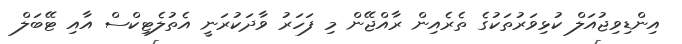
އިންޑިވިޖުއަލް ކުޅިވަރުތަކުގެ ތެރެއިން ރާއްޖޭން މި ފަހަރު ވާދަކުރަނީ އެތުލެޓިކްސް އާއި ޓޭބަލް